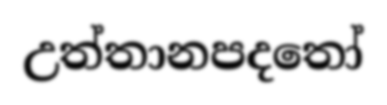
උත්තානපදතෝ